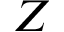
Z